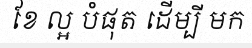
ខែ ល្អ បំផុត ដើម្បី មក